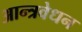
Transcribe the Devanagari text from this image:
आन्त्रवेधन